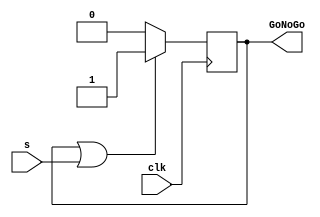
`timescale 1ns / 1ps
//////////////////////////////////////////////////////////////////////////////////
// Company: 
// Engineer: 
// 
// Design Name: 
// Module Name: SR_FF
// Project Name: 
// Target Devices: 
// Tool Versions: 
// Description: 
// 
// Dependencies: 
// 
// Revision:
// Revision 0.01 - File Created
// Additional Comments:
// 
//////////////////////////////////////////////////////////////////////////////////


module SR_FF(
input clk, s, 
output reg GoNoGo
    );
    
    wire r;
    assign r = 0; 
    always @ (posedge clk ) 
    begin
    if ( GoNoGo == 1 || s == 1)
    begin
    GoNoGo <= 1; 
    end else     
    begin 
    GoNoGo <= 0;
    end
   
    end
    
endmodule